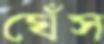
ঘেঁস